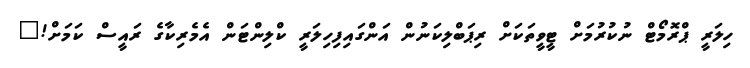
ހިލަރީ ޕްރޮމޯޓް ނުކުރުމަށް ޓީވީތަކަށް ރިޕަބްލިކަނުން އަންގައިފިހިލަރީ ކްލިންޓަން އެމެރިކާގެ ރައީސް ކަމަށް!"